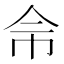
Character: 𢁭